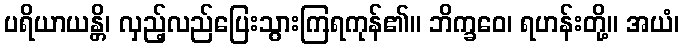
ပရိယာယန္တိ၊ လှည့်လည်ပြေးသွားကြရကုန်၏။ ဘိက္ခဝေ၊ ရဟန်းတို့။ အယံ၊